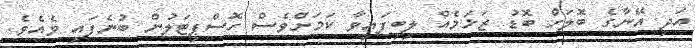
އަދި އޭނާގެ ބޮލަށް ބޮޑު ޒަޚަމެއް ލިބިފައިވާ ކަމަށްވެސް ހޮސްޕިޓަލުން ބުނެފައި ވެއެވެ.